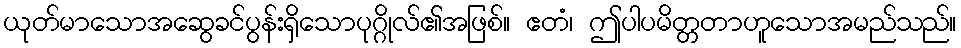
ယုတ်မာသောအဆွေခင်ပွန်းရှိသောပုဂ္ဂိုလ်၏အဖြစ်။ ဧတံ၊ ဤပါပမိတ္တတာဟူသောအမည်သည်။